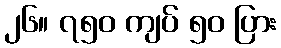
၂၆။ ၇၅၀ ကျပ် ၅၀ ပြား